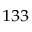
^ { 1 3 3 }